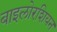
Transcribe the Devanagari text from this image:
बाइलोरशियन